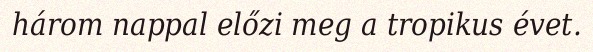
három nappal előzi meg a tropikus évet.